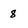
Character: 8